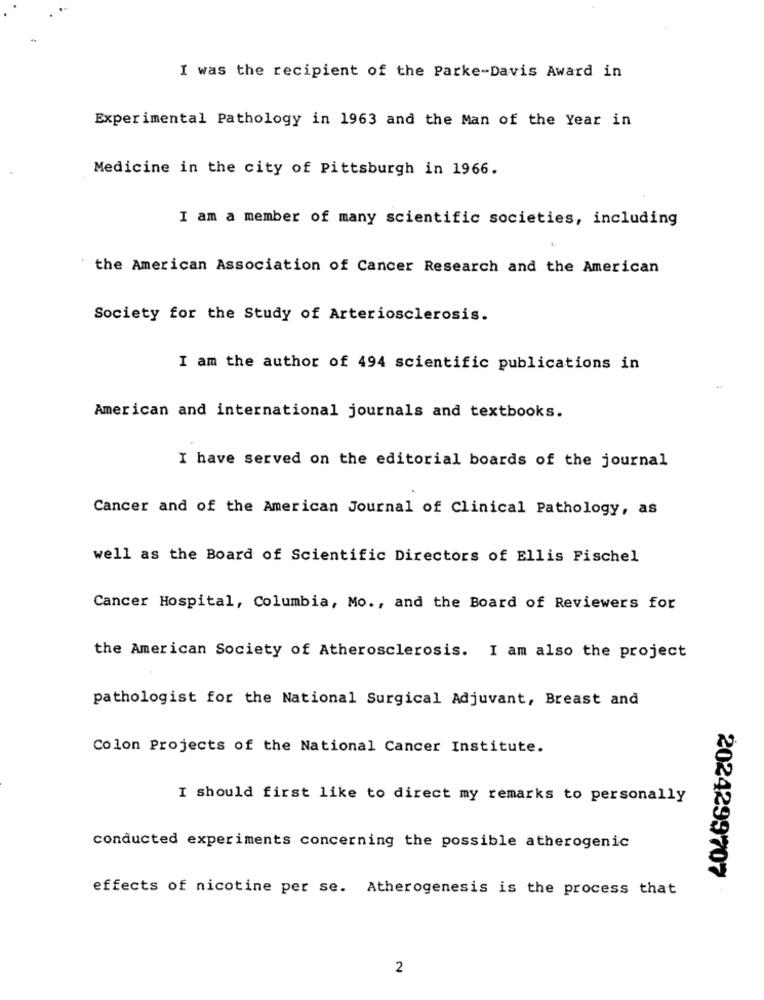
I was the recipient of the Parke-Davis Award in
Experimental Pathology in 1963 and the Man of the Year in
Medicine in the city of Pittsburgh in 1966.
I am a member of many scientific societies, including
the American Association of Cancer Research and the American
Society for the Study of Arteriosclerosis.
I am the author of 494 scientific publications in
American and international journals and textbooks.
I have served on the editorial boards of the journal
Cancer and of the American Journal of Clinical Pathology, as
well as the Board of Scientific Directors of Ellis Fischel
Cancer Hospital, Columbia, Mo ., and the Board of Reviewers for
the American Society of Atherosclerosis. I am also the project
pathologist for the National Surgical Adjuvant, Breast and
Colon Projects of the National Cancer Institute.
I should first like to direct my remarks to personally
conducted experiments concerning the possible atherogenic
2024299707
effects of nicotine per se. Atherogenesis is the process that
2